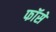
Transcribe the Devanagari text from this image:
फॉसे